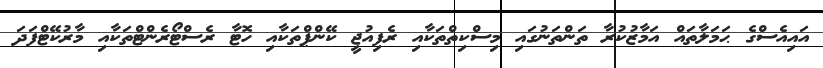
އައިއެސްގެ ޙަމަލާތައް އަމާޒުކުރާ ތަންތަނުގައި މިސްކިތްތަކާއި ރެފިއުޖީ ކޭންޕްތަކާއި ހޮޓާ ރެސްޓޯރެންޓްތަކާއި މާރުކޭޓްފަދަ